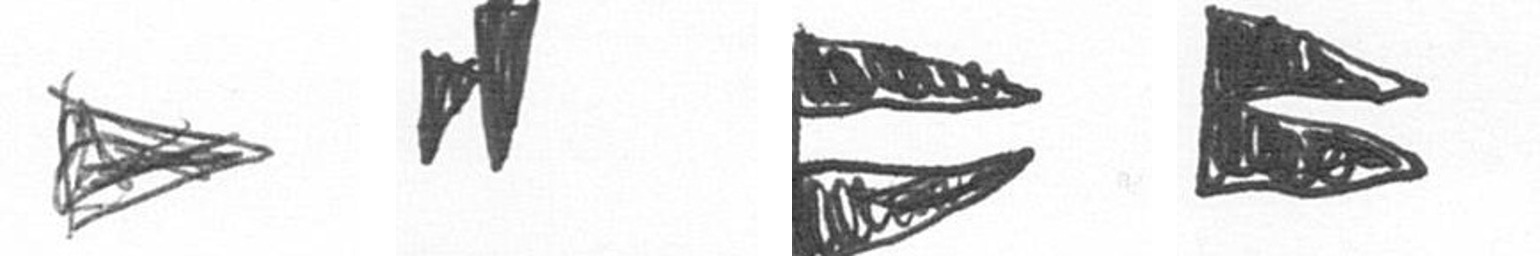
T M P P